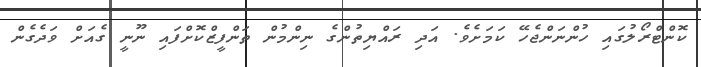
ކޮންޓްރޯލުގައި ހުންނަންޖެހޭ ކަމަށެވެ. އަދި ރައްޔިތުންގެ ނިންމުން ތަންފީޒްކޮށްފައި ނޫނީ ގެއަށް ވަދެގެން